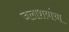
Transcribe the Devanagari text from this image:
जलाशयांचा